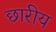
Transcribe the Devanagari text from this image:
छारीय